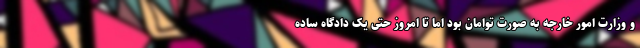
و وزارت امور خارجه به صورت توامان بود اما تا امروز حتی یک دادگاه ساده